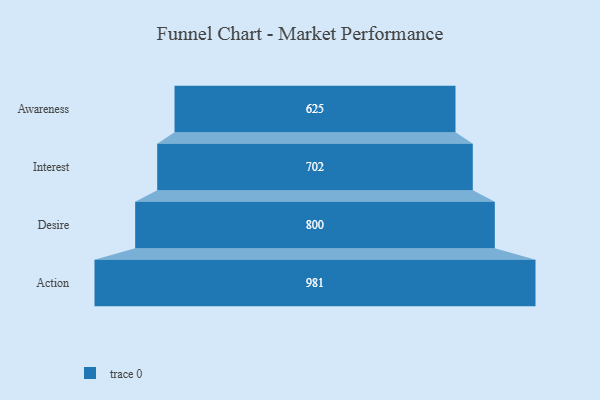
{"axis": {"x": "Stage", "y": "Value"}, "legend": [""], "data": [{"x": "Awareness", "y": 625.0, "type": ""}, {"x": "Interest", "y": 702.0, "type": ""}, {"x": "Desire", "y": 800.0, "type": ""}, {"x": "Action", "y": 981.0, "type": ""}]}